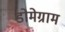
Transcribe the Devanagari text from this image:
डोमेग्राम